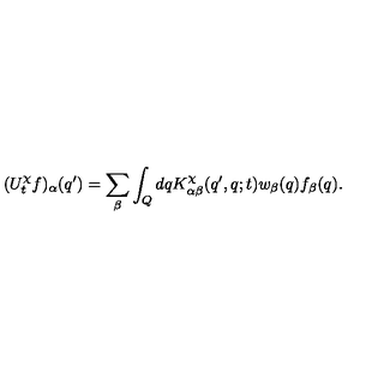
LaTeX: ( U _ { t } ^ { \chi } f ) _ { \alpha } ( q ^ { \prime } ) = \sum _ { \beta } \int _ { Q } d q K _ { \alpha \beta } ^ { \chi } ( q ^ { \prime } , q ; t ) w _ { \beta } ( q ) f _ { \beta } ( q ) .